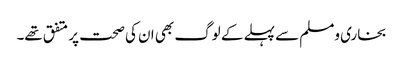
بخاری ومسلم سے پہلے کے لوگ بھی ان کی صحت پر متفق تھے۔